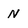
Character: N